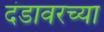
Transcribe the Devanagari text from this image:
दंडावरच्या